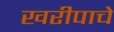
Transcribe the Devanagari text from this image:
खरीपाचे